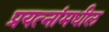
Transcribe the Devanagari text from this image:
प्रयत्‍नांमधील